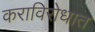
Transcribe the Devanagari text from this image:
कराविरोधात